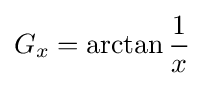
G_{x}=\arctan {\frac {1}{x}}